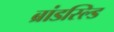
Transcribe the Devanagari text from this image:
ब्रांडस्ल्डि